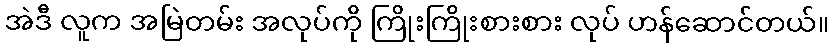
အဲဒီ လူက အမြဲတမ်း အလုပ်ကို ကြိုးကြိုးစားစား လုပ် ဟန်ဆောင်တယ်။